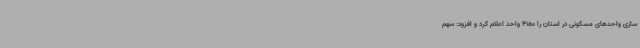
سازی واحدهای مسکونی در استان را 4150 واحد اعلام کرد و افزود: سهم